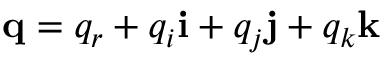
\mathbf { q } = q _ { r } + q _ { i } \mathbf { i } + q _ { j } \mathbf { j } + q _ { k } \mathbf { k }